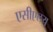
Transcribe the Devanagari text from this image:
एसीएलयू